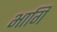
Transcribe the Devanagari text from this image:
भागि